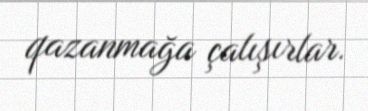
qazanmağa çalışırlar.